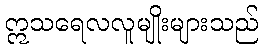
ဣသရေလလူမျိုးများသည်